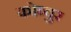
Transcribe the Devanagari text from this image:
कोव्वुर